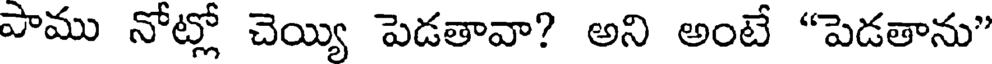
పాము నోట్లో చెయ్యి పెడతావా? అని అంటే "పెడతాను"